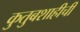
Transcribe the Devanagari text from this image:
कुतुबशाहीची